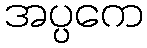
အပ္ပကေ